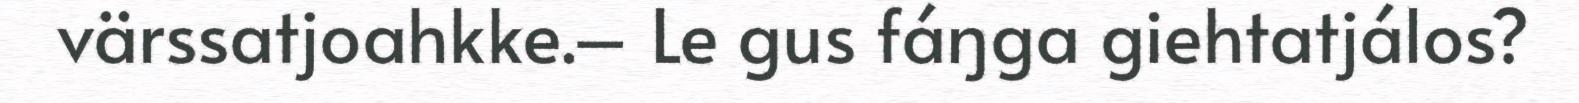
värssatjoahkke.– Le gus fáŋga giehtatjálos?